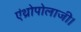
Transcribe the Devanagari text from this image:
एंथ्रोपोलाजी।